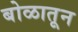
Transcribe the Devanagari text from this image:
बोळातून